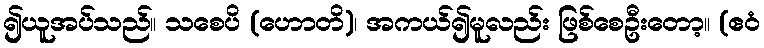
၍ယူအပ်သည်။ သစေပိ (ဟောတိ)၊ အကယ်၍မူလည်း ဖြစ်စေဦးတော့။ (ဧဝံ